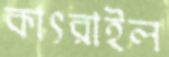
কাৎরাইল